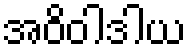
အဝိဝါဒါယ